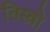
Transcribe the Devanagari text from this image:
तिस्त्रो